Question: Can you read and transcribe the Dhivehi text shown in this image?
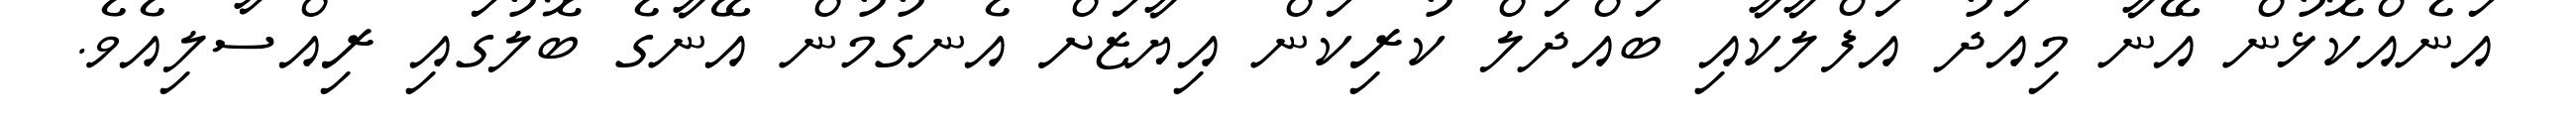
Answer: އަނެއްކޮޅުން އޭނާ މިއަދު އަފްލާކާއި ބައްދަލް ކުރިކަން އިޔާޒަށް އެނގުމުން އޭނާގެ ބޮލުގައި ރިއްސާލިއެވެ.